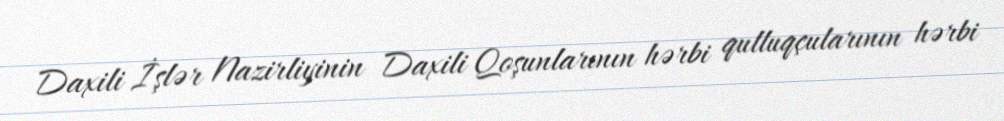
Daxili İşlər Nazirliyinin Daxili Qoşunlarının hərbi qulluqçularının hərbi